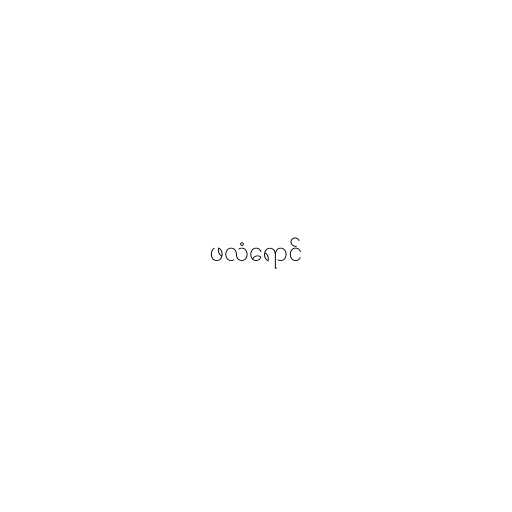
ဖလံရောင်